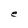
Character: e